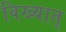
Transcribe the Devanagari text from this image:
विख्यात्